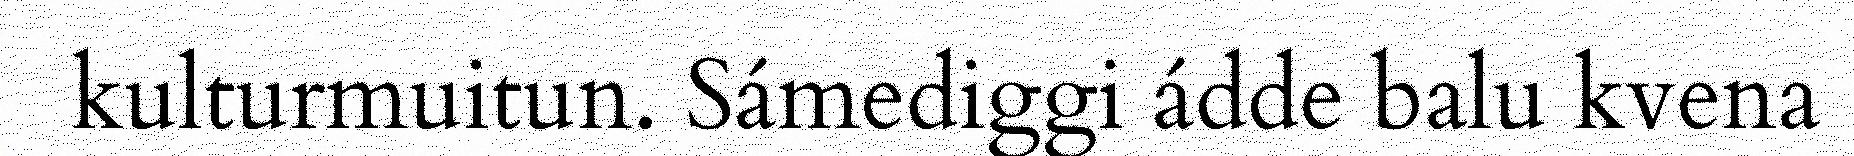
kulturmuitun. Sámediggi ádde balu kvena